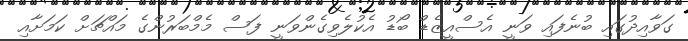
ގަވާއިދުގައި ބުނެފައި ވަނީ އެސްއީޒެޑް ބޯޑު އެކުލެވިގެންވަނީ ފަސް މެމްބަރުންގެ މައްޗަށް ކަމަށާއި